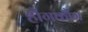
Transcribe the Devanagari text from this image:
हौंगकौंग